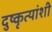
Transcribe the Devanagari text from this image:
दुष्कृत्यांशी